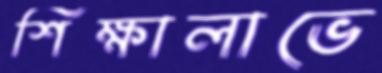
শিক্ষালাভে